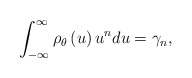
\begin{align*}\int_{-\infty }^{\infty }\rho _{\theta }\left( u\right) u^{n}du=\gamma _{n},\end{align*}